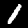
Label: 1